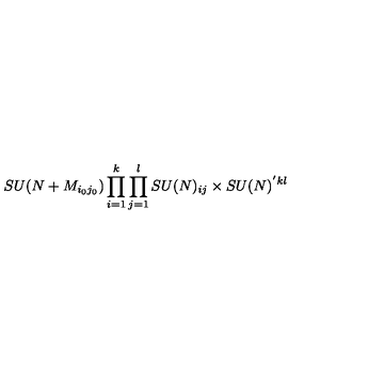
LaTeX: S U ( N + M _ { i _ { 0 } j _ { 0 } } ) \prod _ { i = 1 } ^ { k } \prod _ { j = 1 } ^ { l } S U ( N ) _ { i j } \times S U ( N ) ^ { ' k l }